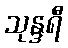
သုန္ဒရီ